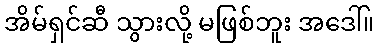
အိမ်ရှင်ဆီ သွားလို့ မဖြစ်ဘူး အဒေါ်။